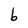
Character: b